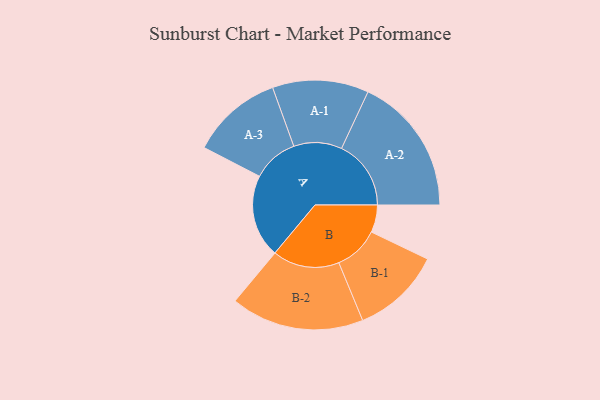
{"axis": {"x": "Segment", "y": "Value"}, "legend": ["", "A", "B"], "data": [{"x": "A", "y": 357, "type": ""}, {"x": "B", "y": 118, "type": ""}, {"x": "A-1", "y": 207, "type": "A"}, {"x": "A-2", "y": 299, "type": "A"}, {"x": "A-3", "y": 197, "type": "A"}, {"x": "B-1", "y": 193, "type": "B"}, {"x": "B-2", "y": 287, "type": "B"}]}